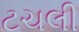
ટચલી